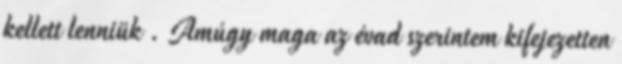
kellett lenniük . Amúgy maga az évad szerintem kifejezetten